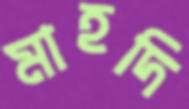
মাহদি